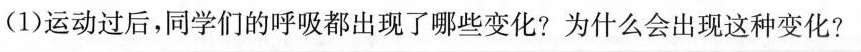
(1)运动过后，同学们的呼吸都出现了哪些变化?为什么会出现这种变化?